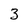
Character: 3